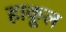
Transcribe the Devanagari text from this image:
हाकूल